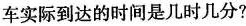
车实际到达的时间是几时几分?